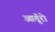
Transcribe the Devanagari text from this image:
आतूॅरो